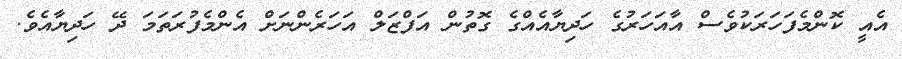
އެއީ ކޮންމެފަހަރަކުވެސް އާއަހަރުގެ ހަދިޔާއެއްގެ ގޮތުން އަފްޒަލް އަހަރެންނަށް އެންމެފުރަތަމަ ދޭ ހަދިޔާއެވެ.